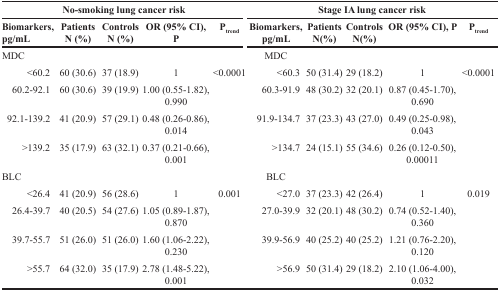
<table><thead><tr><td colspan="5"><b>No-smoking lung cancer risk</b></td><td colspan="5"><b>Stage IA lung cancer risk</b></td></tr><tr><td><b>Biomarkers, pg/mL</b></td><td><b>Patients N (%)</b></td><td><b>Controls N (%)</b></td><td><b>OR (95% CI), P</b></td><td><b>P<sub>trend</sub></b></td><td><b>Biomarkers, pg/mL</b></td><td><b>Patients N(%)</b></td><td><b>Controls N(%)</b></td><td><b>OR (95% CI), P</b></td><td><b>P<sub>trend</sub></b></td></tr></thead><tbody><tr><td>MDC</td><td></td><td></td><td></td><td></td><td>MDC</td><td></td><td></td><td></td><td></td></tr><tr><td>&lt;60.2</td><td>60 (30.6)</td><td>37 (18.9)</td><td>1</td><td>&lt;0.0001</td><td>&lt;60.3</td><td>50 (31.4)</td><td>29 (18.2)</td><td>1</td><td>&lt;0.0001</td></tr><tr><td> 60.2-92.1</td><td>60 (30.6)</td><td>39 (19.9)</td><td>1.00 (0.55-1.82), 0.990</td><td></td><td> 60.3-91.9</td><td>48 (30.2)</td><td>32 (20.1)</td><td>0.87 (0.45-1.70), 0.690</td><td></td></tr><tr><td> 92.1-139.2</td><td>41 (20.9)</td><td>57 (29.1)</td><td>0.48 (0.26-0.86), 0.014</td><td></td><td> 91.9-134.7</td><td>37 (23.3)</td><td>43 (27.0)</td><td>0.49 (0.25-0.98), 0.043</td><td></td></tr><tr><td>&gt;139.2</td><td>35 (17.9)</td><td>63 (32.1)</td><td>0.37 (0.21-0.66), 0.001</td><td></td><td>&gt;134.7</td><td>24 (15.1)</td><td>55 (34.6)</td><td>0.26 (0.12-0.50), 0.00011</td><td></td></tr><tr><td>BLC</td><td></td><td></td><td></td><td></td><td>BLC</td><td></td><td></td><td></td><td></td></tr><tr><td>&lt;26.4</td><td>41 (20.9)</td><td>56 (28.6)</td><td>1</td><td>0.001</td><td>&lt;27.0</td><td>37 (23.3)</td><td>42 (26.4)</td><td>1</td><td>0.019</td></tr><tr><td> 26.4-39.7</td><td>40 (20.5)</td><td>54 (27.6)</td><td>1.05 (0.89-1.87), 0.870</td><td></td><td> 27.0-39.9</td><td>32 (20.1)</td><td>48 (30.2)</td><td>0.74 (0.52-1.40), 0.360</td><td></td></tr><tr><td> 39.7-55.7</td><td>51 (26.0)</td><td>51 (26.0)</td><td>1.60 (1.06-2.22), 0.230</td><td></td><td> 39.9-56.9</td><td>40 (25.2)</td><td>40 (25.2)</td><td>1.21 (0.76-2.20), 0.120</td><td></td></tr><tr><td>&gt;55.7</td><td>64 (32.0)</td><td>35 (17.9)</td><td>2.78 (1.48-5.22), 0.001</td><td></td><td>&gt;56.9</td><td>50 (31.4)</td><td>29 (18.2)</td><td>2.10 (1.06-4.00), 0.032</td><td></td></tr></tbody></table>